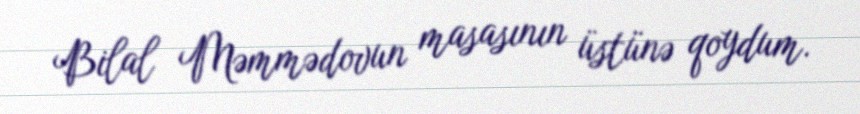
Bilal Məmmədovun masasının üstünə qoydum.